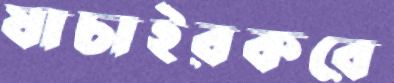
যাচাইরকরে